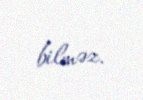
bilməz.